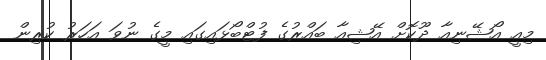
މިއީ އޯޝޭނިއާ ދޫކޮށް އޭޝިއާ ބައްރުގެ ފުޓްބޯޅައިގައި މީގެ ނުވަ އަހަރު ކުރިން